Vaccine operations Central Provinces & Berar 1912-1920 - 1912-1920
Year: 1912
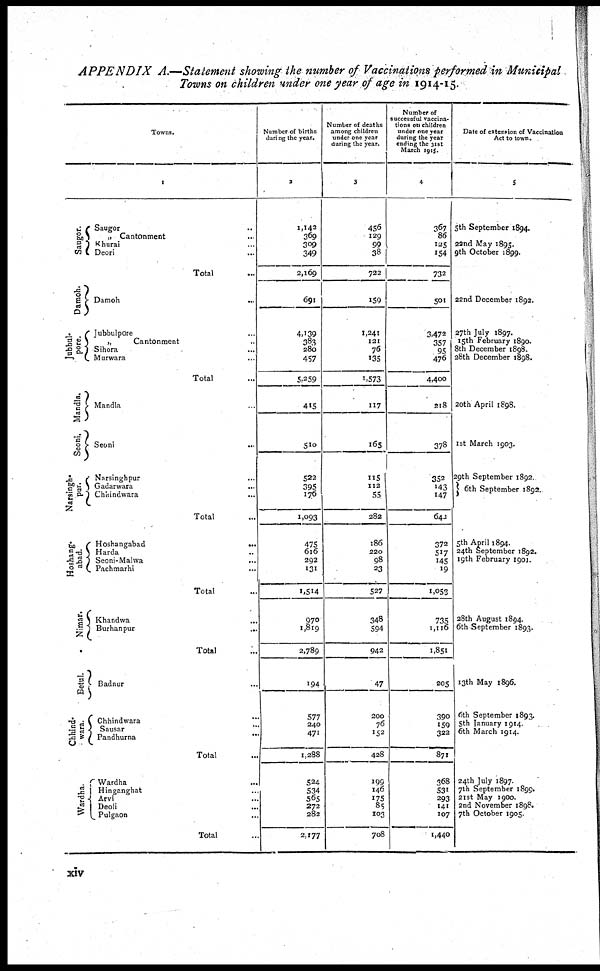
APPENDIX A.—Statement showing the number of Vaccinations performed in Municipal
Towns on children under one year of age in 1914-15.
Towns.
1
Saugor.
Damoh.
Jubbul¬
pore.
Mandla.
Seoni.
Narsingh¬
pur.
Hoshang¬
abad.
Nimar.
Betul.
Chhind¬
wara.
Wardha.
Saugor ...
„ Cantonment ...
Khurai ...
Deori ...
Total ...
Damoh ...
Jubbulpore ...
„
Cantonment ...
Sihora ...
Murwara ...
Total ...
Mandla ...
Seoni ...
Narsinghpur ...
Gadarwara ...
Chhindwara ...
Total
Hoshangabad ...
Harda ...
Seoni-Malwa ...
Pachmarhi ...
Total ...
Khandwa
...
Burhanpur
...
Total ...
Badnur ...
Chhindwara ...
Sausar ...
Pandhurna
...
Total ...
Wardha ...
Hinganghat ...
Arvi ...
Deoli
...
...
Pulgaon ...
Total ...
Number of births
during the year.
2
1,142
369
309
349
2,169
691
4,139
383
280
457
5,259
415
510
522
395
176
1,093
475
616
292
131
1,514
970
1,819
2,789
194
577
240
471
1,288
524
534
565
272
282
2,177
Number of deaths
among children
under one year
during the year.
3
456
129
99
38
722
159
1,241
121
76
135
1,573
117
165
115
112
55
282
186
220
98
23
527
348
594
942
47
200
76
152
428
199
146
175
85
103
708
Number of
successful vaccina¬
tions on children
under one year
during the year
ending the 31st
March 1915.
4
367 86
125
154
732
501
3,472
357
95
476
4,400
218
378
352
143
147
642
372
517
145
19
1,053
735
1,116
1,851
205
390
322
871
368
531
293
141
107
1,440
Date of extension of Vaccination
Act to town.
5
5th September 1894.
22nd May 1895.
9th October 1899.
22nd December 1892.
27th July 1897.
15th February 1890.
8th December 1898.
28th December 1898.
20th April 1898.
1st March 1903.
29th September 1892.
6th September 1892.
5th April 1894.
24th September 1892.
19th February 1901.
28th August 1894.
6th September 1893.
13th May 1896.
6th September 1893.
5th January 1914.
24th July 1897.
7th September 1899.
21st May 1900.
2nd November 1898.
7th October 1905.
xiv